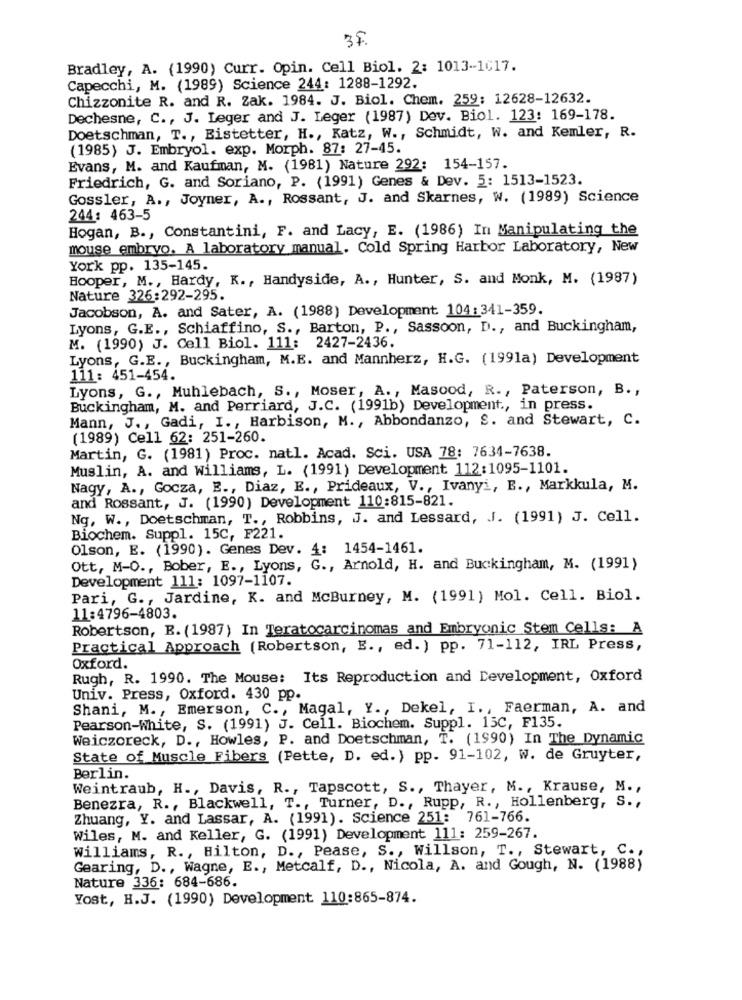
3F.
Bradley, A. (1990) Curr. Opin. Cell Biol. 2: 1013-1017.
Capecchi, M. (1989) Science 244: 1288-1292.
Chizzonite R. and R. Zak. 1984. J. Biol. Chem. 259: 12628-12632.
Dechesne, C ., J. Leger and J. Leger (1987) Dev. Biol. 123: 169-178.
Doetschman, T ., Bistetter, H ., Katz, W ., Schmidt, W. and Kemler, R.
(1985) J. Embryol. exp. Morph. 87: 27-45.
Evans, M. and Kaufman, M. (1981) Nature 292: 154-157.
Friedrich, G. and Soriano, P. (1991) Genes & Dev. 5: 1513-1523.
Gossler, A ., Joyner, A ., Rossant, J. and Skarnes, W. (1989) Science
244: 463-5
Hogan, B ., Constantini, F. and Lacy, E. (1986) In Manipulating the
mouse embryo. A laboratory manual. Cold Spring Harbor Laboratory, New
York pp. 135-145.
Hooper, M ., Hardy, K ., Handyside, A ., Hunter, S. and Monk, M. (1987)
Nature 326:292-295.
Jacobson, A. and Sater, A. (1988) Development. 104: 341-359.
Lyons, G.E ., Schiaffino, S ., Barton, P ., Sassoon, D ., and Buckingham,
M. (1990) J. Cell Biol. 111: 2427-2436.
Lyons, G.E ., Buckingham, M.E. and Mannherz, H.G. (1991a) Development
111: 451-454.
Lyons, G ., Muhlebach, S ., Moser, A ., Masood, R ., Paterson, B. ,
Buckingham, M. and Perriard, J.C. (1991b) Development ., in press.
Mann, J ., Gadi, I ., Harbison, M ., Abbondanzo, S. and Stewart, C.
(1989) Cell 62: 251-260.
Martin, G. (1981) Proc. natl. Acad. Sci. USA 78: 7634-7638.
Muslin, A. and Williams, L. (1991) Development 112:1095-1101.
Nagy, A ., Gocza, E ., Diaz, E ., Prideaux, V ., Ivanyi, E ., Markkula, M.
and Rossant, J. (1990) Development 110:815-821.
Ng, W ., Doetschman, T ., Robbins, J. and Lessard, J. (1991) J. Cell.
Biochem. Suppl. 15C, F221.
Olson, E. (1990). Genes Dev. 4:
1454-1461.
Ott, M-O ., Bober, E ., Lyons, G ., Arnold, H. and Buckingham, M. (1991)
Development 111: 1097-1107.
Pari, G ., Jardine, K. and McBurney, M. (1991) Mol. Cell. Biol.
11:4796-4803.
Robertson, B. (1987) In Teratocarcinomas and Embryonic Stem Cells: A
Practical Approach (Robertson, E ., ed. ) pp. 71-112, IRL Press,
Oxford.
Rugh, R. 1990. The Mouse: Its Reproduction and Development, Oxford
Univ. Press, Oxford. 430 pp.
Shani, M ., Emerson, C ., Magal, Y ., Dekel, I ., Faerman, A. and
Pearson-White, S. (1991) J. Cell. Biochem. Suppl. 15C, F135.
Weiczoreck, D ., Howles, P. and Doetschman, T. (1990) In The Dynamic
State of Muscle Fibers (Pette, D. ed. ) pp. 91-102, W. de Gruyter,
Berlin.
Weintraub, H ., Davis, R ., Tapscott, S ., Thayer, M ., Krause, M .,
Benezra, R ., Blackwell, T ., Turner, D ., Rupp, R ., Hollenberg, S .,
Zhuang, Y. and Lassar, A. (1991). Science 251: 761-766.
Wiles, M. and Keller, G. (1991) Development 111: 259-267.
Williams, R ., Hilton, D ., Pease, S ., Willson, T ., Stewart, C .,
Gearing, D ., Wagne, E ., Metcalf, D ., Nicola, A. and Gough, N. (1988)
Nature 336: 684-686.
Yost, H.J. (1990) Development 110:865-874.